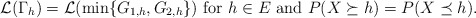
\begin{align*}\mathcal{L}(\Gamma_h) =\mathcal{L}(\min\{G_{1,h},G_{2,h}\}) {\rm~{for}~} h \in E {\rm~ {and}~} P(X\succeq h)=P(X \preceq h).\end{align*}